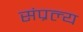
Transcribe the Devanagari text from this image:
संप्रल्य